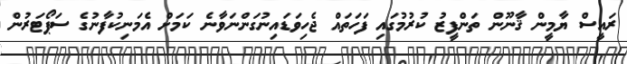
ރައީސް ޔާމީން ޤާނޫން ތަންފީޒު ކުރުމުގައި ފަހަތައް ޖެހިވަޑައިނުގަންނަވާނެ ކަމަށް އެމަނިކުފާނުގެ ސަޕޯޓަރުން